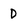
Character: D